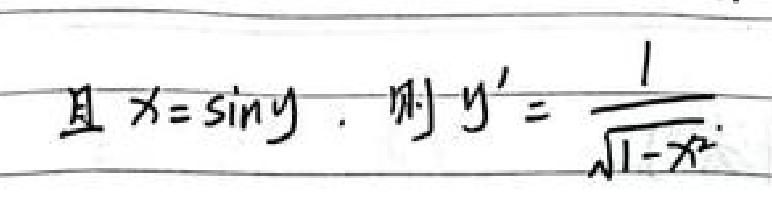
且 $x = \sin y$, 则 $y'=\frac{1}{\sqrt{1 - x^{2}}}$.